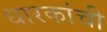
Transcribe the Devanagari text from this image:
धारकांची